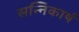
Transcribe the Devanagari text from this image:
सन्निकार्ष